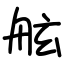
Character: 舷